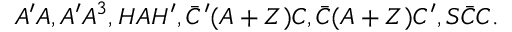
A ^ { \prime } A , A ^ { \prime } A ^ { 3 } , H A H ^ { \prime } , \bar { C } ^ { \prime } ( A + Z ) C , \bar { C } ( A + Z ) C ^ { \prime } , S \bar { C } C .